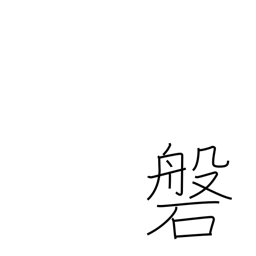
Meaning: wall (in a mine)